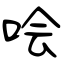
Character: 哙